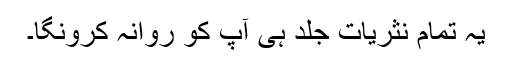
یہ تمام نثریات جلد ہی آپ کو روانہ کرونگا۔